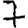
Digit: 7